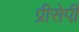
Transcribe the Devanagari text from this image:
प्रीसेपी